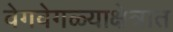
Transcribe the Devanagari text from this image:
वेगवेगळ्याक्षेत्रात